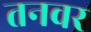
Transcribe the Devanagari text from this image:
तनवर